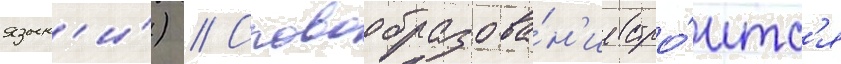
язык'и́) // Словообразова́н'ие стро́итс'я